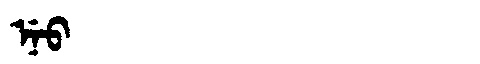
Manchu: ᠨᡝᠣ
Romanization: NEO